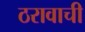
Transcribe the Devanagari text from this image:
ठरावाची